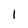
Character: 1